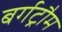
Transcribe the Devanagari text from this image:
बर्गट्रौम